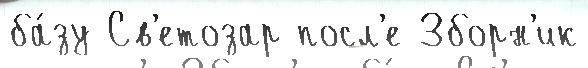
ба́зу Св'етозар посл'е Зборн'ик